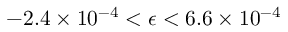
- 2 . 4 \times 1 0 ^ { - 4 } < \epsilon < 6 . 6 \times 1 0 ^ { - 4 }